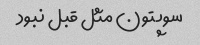
سوپتون مثل قبل نبود